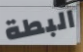
البطة